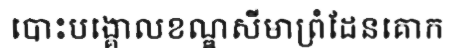
បោះបង្គោលខណ្ឌសីមាព្រំដែនគោក